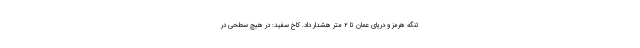
تنگه هرمز و دریای عمان تا ۲ متر هشدار داد. کاخ سفید: در هیچ سطحی در